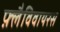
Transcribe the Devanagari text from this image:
फ़्लैविवायरस